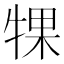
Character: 𬌡